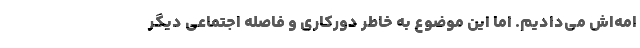
امه‌اش می‌دادیم. اما این موضوع به خاطر دورکاری و فاصله اجتماعی دیگر